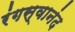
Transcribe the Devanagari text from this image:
रंगस्वानंद